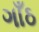
ગાઁઠ